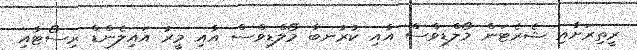
ރީތިރަށާއި ޝެރެޓަން މޯލްޑިވްސް އާއި ކުރުނބާ މޯލްޑިވްސް އާއި މީރު އައިލެންޑް ރިސޯޓާއި